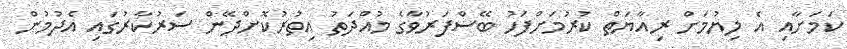
ކަމަށާއި އެ ލިޔުމަށް ރިއާޔަތް ކުރުމަށްފަހު ބޭސްފަރުވާގެ މުއްދަތު އިތުރުކޮށްދޭން ސަރުކާރުގައި އެދުމުން